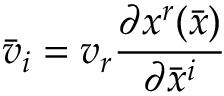
{ \bar { v } } _ { i } = v _ { r } { \frac { \partial x ^ { r } ( { \bar { x } } ) } { \partial { \bar { x } } ^ { i } } }